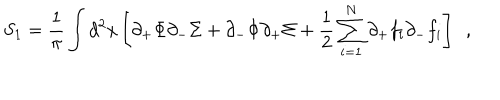
LaTeX: S _ { 1 } = { \frac { 1 } { \pi } } \int d ^ { 2 } x \left[ \partial _ { + } \Phi \partial _ { - } \Sigma + \partial _ { - } \Phi \partial _ { + } \Sigma + { \frac { 1 } { 2 } } \sum _ { i = 1 } ^ { N } \partial _ { + } f _ { i } \partial _ { - } f _ { i } \right] \ \ ,